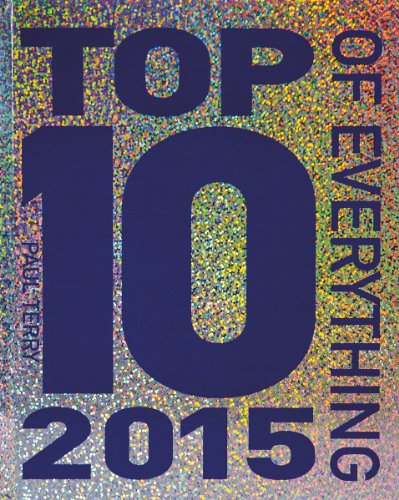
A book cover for Top 10 of Everything 2015; Paul Terry; Reference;